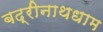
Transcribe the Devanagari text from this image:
बद्रीनाथधाम